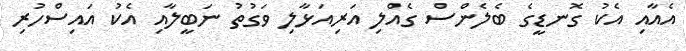
އެއާއި އެކު ގޮނޑީގެ ބެލެންސް ގެއްލި އަރިއަޅާލި ވަގުތު ނަބީލާއި އެކު އައިސްހުރި